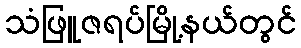
သံဖြူဇရပ်မြို့နယ်တွင်